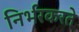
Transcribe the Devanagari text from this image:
निर्भरकरते